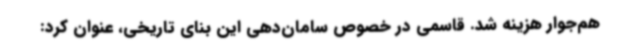
هم‌جوار هزینه شد. قاسمی در خصوص سامان‌دهی این بنای تاریخی، عنوان کرد: